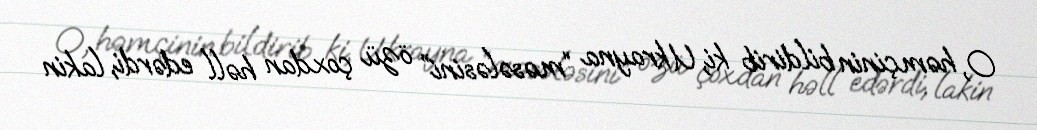
O, həmçinin bildirib ki, Ukrayna “məsələsini” özü çoxdan həll edərdi, lakin